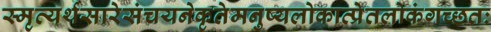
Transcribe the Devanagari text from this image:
स्मृत्यर्थसारेसंचयनेकृतेमनुष्यलोकात्प्रेतलोकंगच्छतः